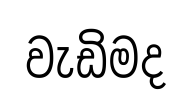
වැඩිමද